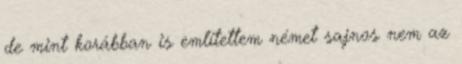
de mint korábban is említettem német sajnos nem az